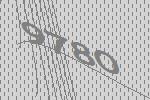
9780